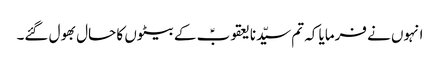
انہوں نے فرمایا کہ تم سیّدنا یعقوبؑ کے بیٹوں کا حال بھول گئے۔